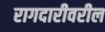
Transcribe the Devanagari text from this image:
रागदारीवरील